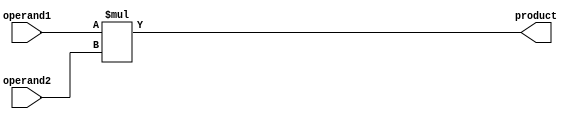
`timescale 1ns / 1ps
//////////////////////////////////////////////////////////////////////////////////
// Company: 
// Engineer: 
// 
// Design Name: 
// Module Name: multiplier
// Project Name: 
// Target Devices: 
// Tool Versions: 
// Description: 
// 
// Dependencies: 
// 
// Revision:
// Revision 0.01 - File Created
// Additional Comments:
// 
//////////////////////////////////////////////////////////////////////////////////


module multiplier(
    operand1, operand2, product
    );
    
    parameter WORD_SIZE = 8;
    input [WORD_SIZE-1:0] operand1, operand2;
    output [2*WORD_SIZE-1:0] product;
    
    assign product = operand1 * operand2;
    
endmodule